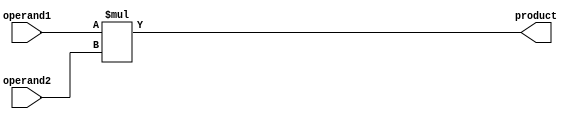
`timescale 1ns / 1ps
//////////////////////////////////////////////////////////////////////////////////
// Company: 
// Engineer: 
// 
// Design Name: 
// Module Name: multiplier
// Project Name: 
// Target Devices: 
// Tool Versions: 
// Description: 
// 
// Dependencies: 
// 
// Revision:
// Revision 0.01 - File Created
// Additional Comments:
// 
//////////////////////////////////////////////////////////////////////////////////


module multiplier(
    operand1, operand2, product
    );
    
    parameter WORD_SIZE = 8;
    input [WORD_SIZE-1:0] operand1, operand2;
    output [2*WORD_SIZE-1:0] product;
    
    assign product = operand1 * operand2;
    
endmodule